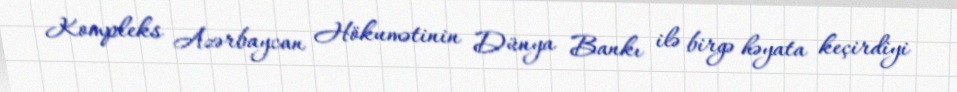
Kompleks Azərbaycan Hökumətinin Dünya Bankı ilə birgə həyata keçirdiyi